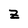
Character: Z